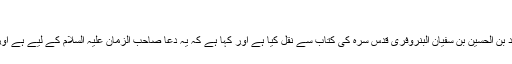
(۳۵)
ہمارے بعض اصحاب نے بیان کیا ہے کہ دعائے ندبہ کو محمد بن علی ابی قرہ نے محمد بن الحسین بن سفیان البنروفری قدس سرہ کی کتاب سے نقل کیا ہے اور کہا ہے کہ یہ دُعا صاحب الزمان علیہ السلام کے لیے ہے اور مستحب ہے کہ اسے چاروں عیدوں (جمعہ ،قربان ، فطر ، غدیر ) کے دن پڑھا جائے۔